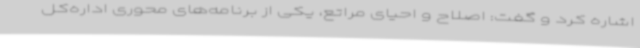
اشاره کرد و گفت: اصلاح و احیای مراتع، یکی از برنامه‌های محوری اداره‌کل